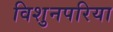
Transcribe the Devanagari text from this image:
विशुनपरिया